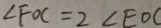
\angle F O C = 2 \angle E O C